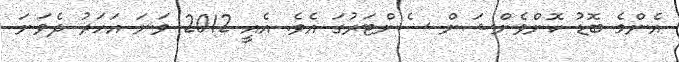
އެންމެ ބޮޑު ކޮންވެންޝަން ސެންޓަރުގަ އެވެ. އެއީ 2012 ވަނަ އަހަރު ދެވަނަ